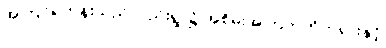
အကြင်ရဟန်းသည်လည်းရွာ၌ အစိမ်းအကြက်ကိုတရားနှင့်